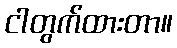
ငါတွက်ထားတာ။